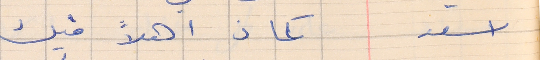
اسعد      كمان اهلاً فيك